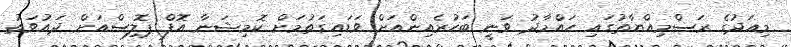
މިއަދުގެ ރަސްމިއްޔާތުގައި ހައްމާދު ވަނީ ބަހުރެއިންއަށް ވަޑައިގަތުމަށް ކޮމިޝަނާ އޮފް ޕޮލިސްއަށް ދައުވަތު